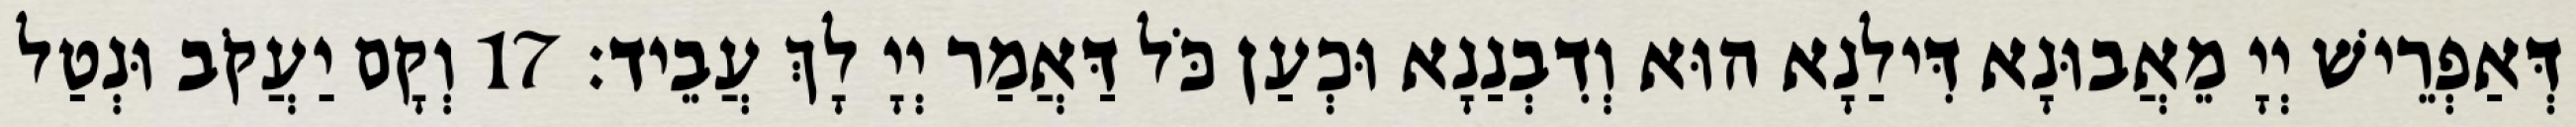
דְּאַפְרֵישׁ יְיָ מֵאֲבוּנָא דִּילַנָא הוּא וְדִבְנַנָא וּכְעַן כֹּל דַּאֲמַר יְיָ לָךְ עֲבֵיד׃ 17 וְקָם יַעֲקֹב וּנְטַל